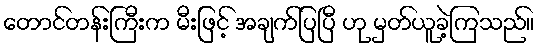
တောင်တန်းကြီးက မီးဖြင့် အချက်ပြပြီ ဟု မှတ်ယူခဲ့ကြသည်။